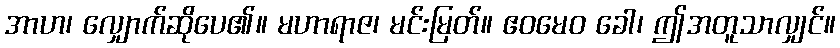
အာဟ၊ လျှောက်ဆိုပေ၏။ မဟာရာဇ၊ မင်းမြတ်။ ဧဝမေဝ ခေါ၊ ဤအတူသာလျှင်။